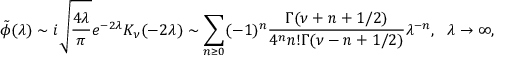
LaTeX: \tilde { \phi } ( \lambda ) \sim i \sqrt { \frac { 4 \lambda } { \pi } } e ^ { - 2 \lambda } K _ { \nu } ( - 2 \lambda ) \sim \sum _ { n \geq 0 } ( - 1 ) ^ { n } \frac { \Gamma ( \nu + n + 1 / 2 ) } { 4 ^ { n } n ! \Gamma ( \nu - n + 1 / 2 ) } \lambda ^ { - n } , \ \ \lambda \rightarrow \infty ,